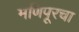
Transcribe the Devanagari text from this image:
मणिपूरचा